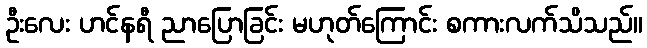
ဦးလေး ဟင်နရီ ညာပြောခြင်း မဟုတ်ကြောင်း စကားလက်သိသည်။